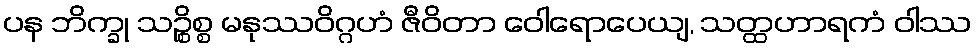
ပန ဘိက္ခု သဉ္စိစ္စ မနုဿဝိဂ္ဂဟံ ဇီဝိတာ ဝေါရောပေယျ, သတ္ထဟာရကံ ဝါဿ